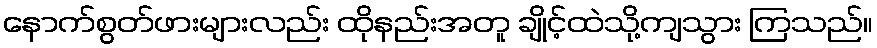
နောက်စွတ်ဖားများလည်း ထိုနည်းအတူ ချိုင့်ထဲသို့ကျသွား ကြသည်။